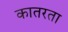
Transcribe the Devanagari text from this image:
कातरता